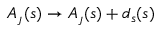
A _ { \j } ( s ) \rightarrow A _ { \j } ( s ) + d _ { s } \l ( s )